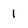
Character: 1